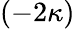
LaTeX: (-2\kappa)